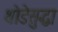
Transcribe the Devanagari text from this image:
थोडेसुद्धा